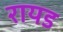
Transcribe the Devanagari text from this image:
रायड